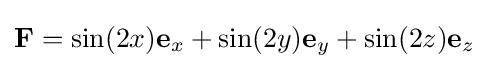
\mathbf {F} =\sin(2x)\mathbf {e} _{x}+\sin(2y)\mathbf {e} _{y}+\sin(2z)\mathbf {e} _{z}